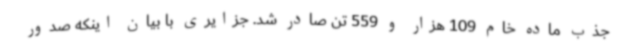
جذب ماده خام 109 هزار و 559 تن صادر شد. جزایری با بیان اینکه صدور